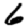
Digit: 6